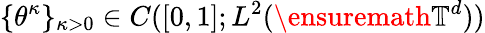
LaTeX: \{ \theta^{\kappa}\} _{\kappa>0}\in C([0,1];L^{2}(\ensuremath{\mathbb{T}}^{d}))